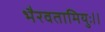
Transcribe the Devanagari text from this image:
भैरवतामियुः।।